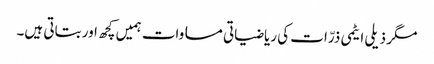
مگر ذیلی ایٹمی ذرّات کی ریاضیاتی مساوات ہمیں کچھ اور بتاتی ہیں۔